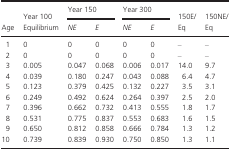
<table><thead><tr><td rowspan="2"><b>Age</b></td><td rowspan="2"><b>Year 100 Equilibrium</b></td><td colspan="2"><b>Year 150</b></td><td colspan="2"><b>Year 300</b></td><td rowspan="2"><b>150E/Eq</b></td><td rowspan="2"><b>150NE/Eq</b></td></tr><tr><td><b><i>NE</i></b></td><td><b><i>E</i></b></td><td><b><i>NE</i></b></td><td><b><i>E</i></b></td></tr></thead><tbody><tr><td>1</td><td>0</td><td>0</td><td>0</td><td>0</td><td>0</td><td>–</td><td>–</td></tr><tr><td>2</td><td>0</td><td>0</td><td>0</td><td>0</td><td>0</td><td>–</td><td>–</td></tr><tr><td>3</td><td>0.005</td><td>0.047</td><td>0.068</td><td>0.006</td><td>0.017</td><td>14.0</td><td>9.7</td></tr><tr><td>4</td><td>0.039</td><td>0.180</td><td>0.247</td><td>0.043</td><td>0.088</td><td>6.4</td><td>4.7</td></tr><tr><td>5</td><td>0.123</td><td>0.379</td><td>0.425</td><td>0.132</td><td>0.227</td><td>3.5</td><td>3.1</td></tr><tr><td>6</td><td>0.249</td><td>0.492</td><td>0.624</td><td>0.264</td><td>0.397</td><td>2.5</td><td>2.0</td></tr><tr><td>7</td><td>0.396</td><td>0.662</td><td>0.732</td><td>0.413</td><td>0.555</td><td>1.8</td><td>1.7</td></tr><tr><td>8</td><td>0.531</td><td>0.775</td><td>0.837</td><td>0.553</td><td>0.683</td><td>1.6</td><td>1.5</td></tr><tr><td>9</td><td>0.650</td><td>0.812</td><td>0.858</td><td>0.666</td><td>0.784</td><td>1.3</td><td>1.2</td></tr><tr><td>10</td><td>0.739</td><td>0.839</td><td>0.930</td><td>0.750</td><td>0.850</td><td>1.3</td><td>1.1</td></tr></tbody></table>